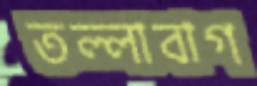
তল্লাবাগ